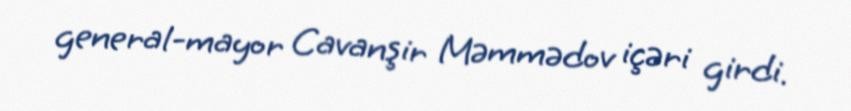
general-mayor Cavanşir Məmmədov içəri girdi.